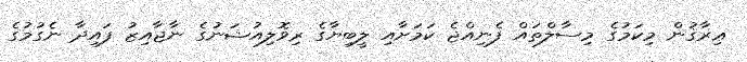
ޢިރާޤުން މިކަމުގެ މިސާލްތައް ފެނިއްޖެ ކަމަށާއި ލީބިޔާގެ ރިވޮލިއުޝަނުގެ ނާޖާއިޒު ފައިދާ ނެގުމުގެ